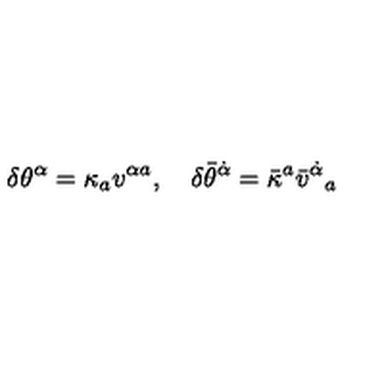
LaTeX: \delta \theta ^ { \alpha } = \kappa _ { a } v ^ { \alpha { } a } , \quad \delta \bar { \theta } ^ { \dot { \alpha } } = \bar { \kappa } ^ { a } \bar { v } ^ { \dot { \alpha } } { } _ { a }